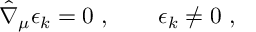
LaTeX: \hat { \nabla } _ { \mu } \epsilon _ { k } = 0 \ , \qquad \epsilon _ { k } \neq 0 \ ,